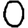
Digit: 0